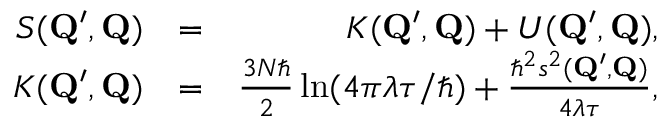
\begin{array} { r l r } { S ( \mathbf { Q } ^ { \prime } , \mathbf { Q } ) } & { = } & { K ( \mathbf { Q } ^ { \prime } , \mathbf { Q } ) + U ( \mathbf { Q } ^ { \prime } , \mathbf { Q } ) , } \\ { K ( \mathbf { Q } ^ { \prime } , \mathbf { Q } ) } & { = } & { \frac { 3 N \hbar } { 2 } \ln ( 4 \pi \lambda \tau / \hbar ) + \frac { \hbar ^ { 2 } s ^ { 2 } ( \mathbf { Q } ^ { \prime } , \mathbf { Q } ) } { 4 \lambda \tau } , } \end{array}